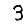
Digit: 3